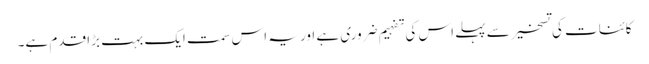
کائنات کی تسخیر سے پہلے اس کی تفہیم ضروری ہے اور یہ اس سمت ایک بہت بڑا قدم ہے۔